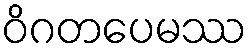
ဝိဂတပေမဿ